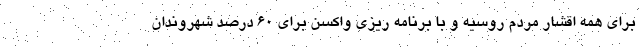
برای همه اقشار مردم روسیه و با برنامه ریزی واکسن برای ۶۰ درصد شهروندان